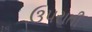
ઉપરાતી